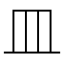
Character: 皿